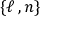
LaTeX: \{ \ell \, , n \}